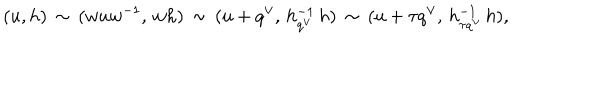
( u , h ) \, \sim \, ( w u w ^ { - 1 } , \, w h ) \, \sim \, ( u + q ^ { \vee } , \, h _ { q ^ { \vee } } ^ { - 1 } \, h ) \, \sim \, ( u + \tau q ^ { \vee } , \, h _ { \tau q ^ { \vee } } ^ { - 1 } \, h ) ,